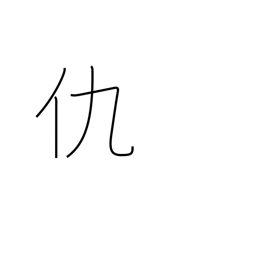
Meaning: enemy